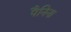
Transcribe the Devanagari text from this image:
पैनिना